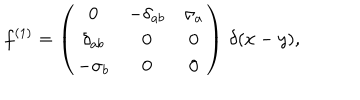
LaTeX: f ^ { ( 1 ) } = \left( \begin{array} { c c c } { { 0 } } & { { - \delta _ { a b } } } & { { \sigma _ { a } } } \\ { { \delta _ { a b } } } & { { 0 } } & { { 0 } } \\ { { - \sigma _ { b } } } & { { 0 } } & { { 0 } } \\ \end{array} \right) \, \delta ( x - y ) ,